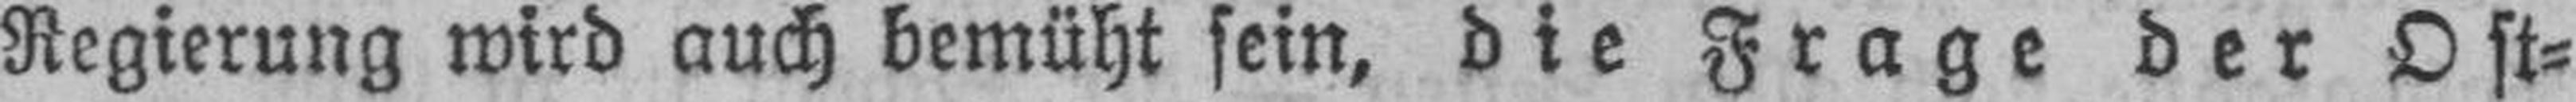
Regierung wird auch bemüht sein, die Frage der Ost¬